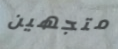
متجهين